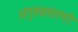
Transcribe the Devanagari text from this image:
अंगुष्ठप्रसारणी